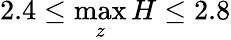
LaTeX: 2.4\leq\operatorname*{max}_{z}H\leq 2.8